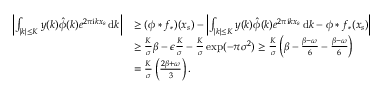
\begin{array} { r l } { \left| \int _ { | k | \le K } y ( k ) \hat { \phi } ( k ) e ^ { 2 \pi \mathrm { i } k x _ { s } } \, \mathrm { d } k \right| } & { \ge ( \phi * f _ { * } ) ( x _ { s } ) - \left| \int _ { | k | \le K } y ( k ) \hat { \phi } ( k ) e ^ { 2 \pi \mathrm { i } k x _ { s } } \, \mathrm { d } k - \phi * f _ { * } ( x _ { s } ) \right| } \\ & { \ge \frac { K } { \sigma } \beta - \epsilon \frac { K } { \sigma } - \frac { K } { \sigma } \exp ( - \pi \sigma ^ { 2 } ) \ge \frac { K } { \sigma } \left( \beta - \frac { \beta - \omega } { 6 } - \frac { \beta - \omega } { 6 } \right) } \\ & { = \frac { K } { \sigma } \left( \frac { 2 \beta + \omega } { 3 } \right) . } \end{array}